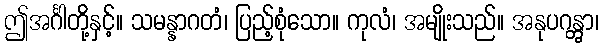
ဤအင်္ဂါတို့နှင့်။ သမန္နာဂတံ၊ ပြည့်စုံသော။ ကုလံ၊ အမျိုးသည်။ အနုပဂန္တွာ၊